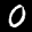
Label: 0